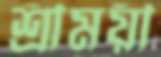
শ্রীময়ী